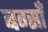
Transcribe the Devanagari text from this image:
बर्ग्साँ